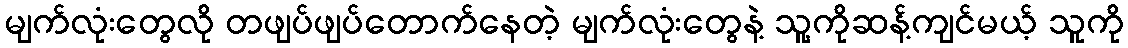
မျက်လုံးတွေလို တဖျပ်ဖျပ်တောက်နေတဲ့ မျက်လုံးတွေနဲ့ သူ့ကိုဆန့်ကျင်မယ့် သူကို